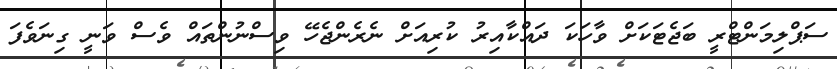
ސަޕްލިމަންޓްރީ ބަޖެޓަކަށް ވާހަކަ ދައްކާއިރު ކުރިއަށް ނެރެންޖެހޭ ވިސްނުންތައް ވެސް ވަނީ ގިނަވެފަ